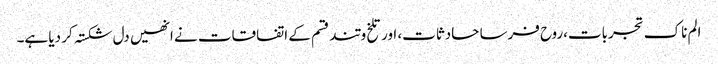
الم ناک تجربات،روح فرسا حادثات، اور تلخ و تند قسم کے اتفاقات نے انھیں دل شکستہ کر دیا ہے۔